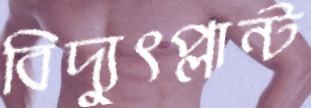
বিদ্যুৎপ্লান্ট